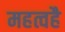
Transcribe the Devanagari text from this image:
महत्वहै